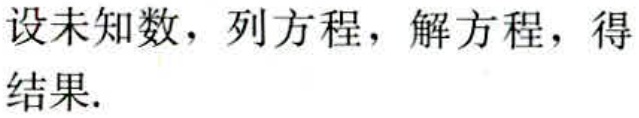
设未知数，列方程，解方程，得结果.